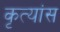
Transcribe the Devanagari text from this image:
कृत्यांस